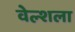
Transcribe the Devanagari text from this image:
वेल्शला